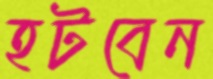
হটবেন